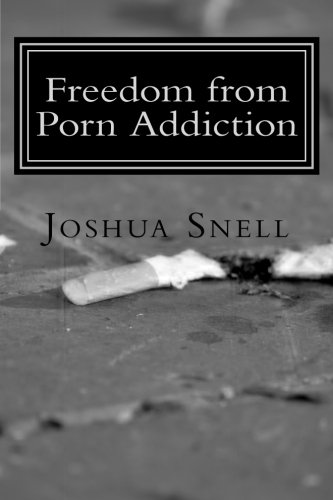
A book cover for Freedom from Porn Addiction; Joshua David Snell; Health, Fitness & Dieting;